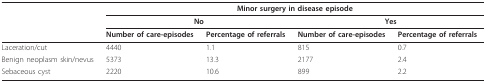
|  | <COLSPAN=4> Minor surgery in disease episode |
 |  | <COLSPAN=2> No | <COLSPAN=2> Yes |
 | --- | --- | --- | --- | --- |
 |  | Number of care-episodes | Percentage of referrals | Number of care-episodes | Percentage of referrals |
 | Laceration/cut | 4440 | 1.1 | 815 | 0.7 |
 | Benign neoplasm skin/nevus | 5373 | 13.3 | 2177 | 2.4 |
 | Sebaceous cyst | 2220 | 10.6 | 899 | 2.2 |